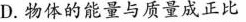
D.物体的能量与质量成正比